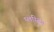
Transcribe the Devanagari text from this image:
प्लम्बिंग